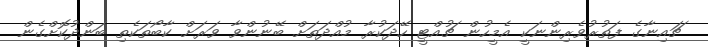
ޗައިނާގެ ފަތުރުވެރިންނަކީ އެމީހުން ޗުއްޓީ ހޭދަކުރާ މުއްދަތަށް ބޭނުންވާ ވަރަށް ކާބޯތަކެތި ބަންދުކޮށްގެން